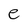
Character: e